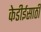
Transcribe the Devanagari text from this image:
केडीईसाठी